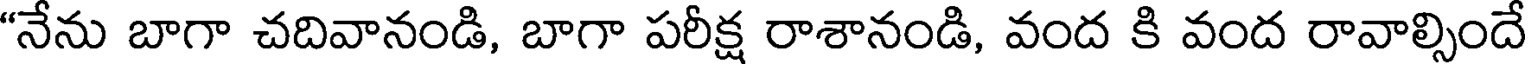
"నేను బాగా చదివానండి, బాగా పరీక్ష రాశానండి, వంద కి వంద రావాల్సిందే